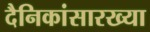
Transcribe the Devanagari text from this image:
दैनिकांसारख्या